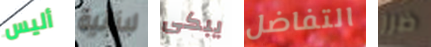
أليس لبنانية يبكى التفاضل ضرر